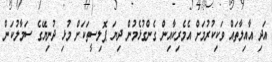
އަދި އާއިލާތައް ވަކިކުރުމަށް އެމެރިކާއިން ގެންގުޅެމުން ދިޔަ ޕޮލިސީތަކަށް މުޅި ދުނިޔޭގެ ސަމާލުކަން